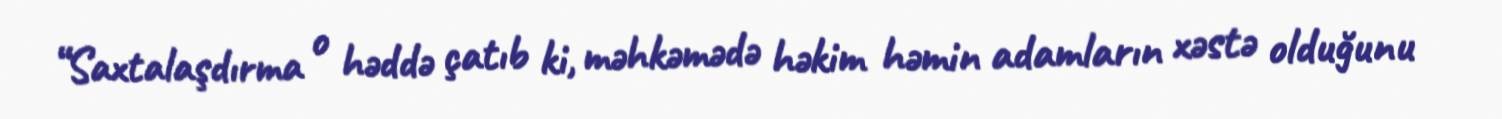
“Saxtalaşdırma o həddə çatıb ki, məhkəmədə həkim həmin adamların xəstə olduğunu